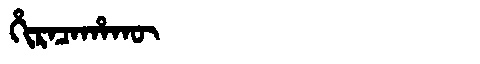
Manchu: ᡥᡳᡵᠠᠴᠠᡥᠠᡴᡡ
Romanization: HIRACAHAKŪ